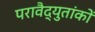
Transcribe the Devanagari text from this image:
परावैद्युतांकों